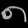
Digit: ၈